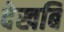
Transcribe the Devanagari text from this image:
देखबि